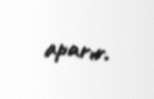
aparır.